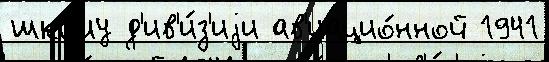
шко́лу д'ив'и́з'иjи ав'иацио́нной 1941